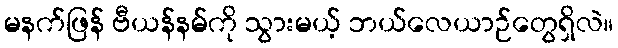
မနက်ဖြန် ဗီယန်နမ်ကို သွားမယ့် ဘယ်လေယာဉ်တွေရှိလဲ။